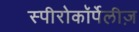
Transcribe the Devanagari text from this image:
स्पीरोकॉर्पेलीज़